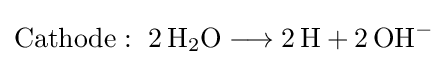
{\mathrm {Cathode} :~2\,\mathrm {H} {\vphantom {A}}_{\smash[{t}]{2}}\mathrm {O} {}\mathrel {\longrightarrow } {}2\,\mathrm {H} {}+{}2\,\mathrm {OH} {\vphantom {A}}^{-}}